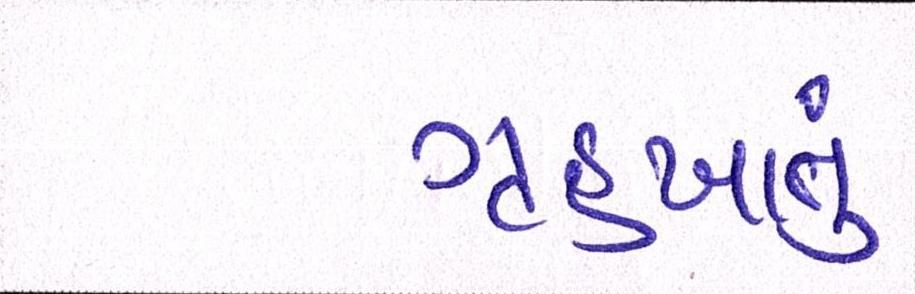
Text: ગૃહખાતું